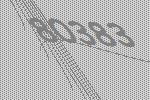
80383